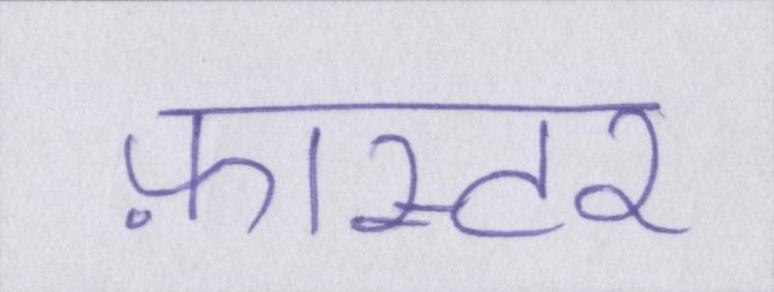
फ़ास्टर